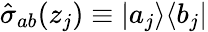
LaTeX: \hat{\sigma}_{ab}(z_{j})\equiv|a_{j}\rangle\langle b_{j}|